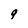
Character: g